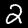
Digit: 2